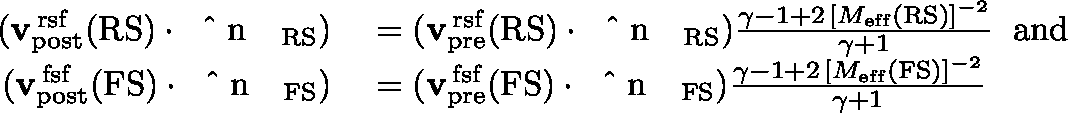
\begin{array} { r l } { ( { \mathbf { v } } _ { \mathrm { p o s t } } ^ { \mathrm { \, r s f } } ( \mathrm { R S } ) \cdot { \mathrm { ~ \boldmath ~ \hat { ~ } { ~ n ~ } ~ \unboldmath ~ } } _ { \mathrm { R S } } ) } & { { } = ( { \mathbf { v } } _ { \mathrm { p r e } } ^ { \mathrm { \, r s f } } ( \mathrm { R S } ) \cdot { \mathrm { ~ \boldmath ~ \hat { ~ } { ~ n ~ } ~ \unboldmath ~ } } _ { \mathrm { R S } } ) \frac { \gamma - 1 + 2 \, [ M _ { \mathrm { e f f } } ( \mathrm { R S } ) ] ^ { - 2 } } { \gamma + 1 } \; \; \mathrm { a n d } } \\ { ( { \mathbf { v } } _ { \mathrm { p o s t } } ^ { \mathrm { \, f s f } } ( \mathrm { F S } ) \cdot { \mathrm { ~ \boldmath ~ \hat { ~ } { ~ n ~ } ~ \unboldmath ~ } } _ { \mathrm { F S } } ) } & { { } = ( { \mathbf { v } } _ { \mathrm { p r e } } ^ { \mathrm { \, f s f } } ( \mathrm { F S } ) \cdot { \mathrm { ~ \boldmath ~ \hat { ~ } { ~ n ~ } ~ \unboldmath ~ } } _ { \mathrm { F S } } ) \frac { \gamma - 1 + 2 \, [ M _ { \mathrm { e f f } } ( \mathrm { F S } ) ] ^ { - 2 } } { \gamma + 1 } } \end{array}